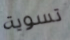
تسوية